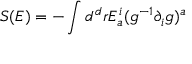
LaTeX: S ( E ) = - \int d ^ { d } r E _ { a } ^ { i } ( g ^ { - 1 } \partial _ { i } g ) ^ { a }